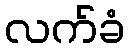
လက်ခံ